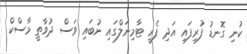
ކުނި ގޮނޑު ފުރިފައި އަދި ފެރީ ޓާމިނަލްގައި ނުބައި ވަސް ދުވާތީ މާސްކް